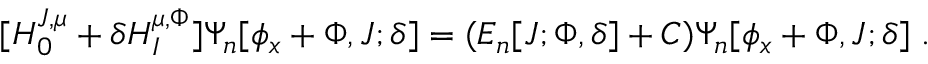
[ H _ { 0 } ^ { J , \mu } + \delta H _ { I } ^ { \mu , \Phi } ] \Psi _ { n } [ \phi _ { x } + \Phi , J ; \delta ] = ( E _ { n } [ J ; \Phi , \delta ] + C ) \Psi _ { n } [ \phi _ { x } + \Phi , J ; \delta ] \; .